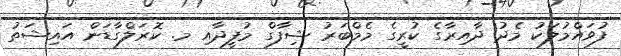
ފުވައްމުލަކު މެދު ދާއިރާގެ ކުރީގެ މެމްބަރު ޝިފާގް މުފީދާއި މ. ކޮރަލްގާޑަން އައިޝަތު